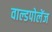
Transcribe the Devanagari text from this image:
वाल्डपोलेंज